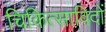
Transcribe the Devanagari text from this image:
चिकित्साविदों